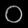
Digit: ၀